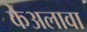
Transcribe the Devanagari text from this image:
केअलावा